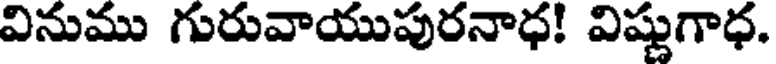
వినుము గురువాయుపురనాధ! విష్ణుగాధ.